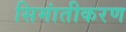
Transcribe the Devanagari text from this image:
सिमांतीकरण